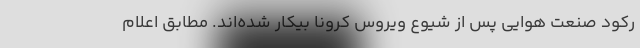
رکود صنعت هوایی پس از شیوع ویروس کرونا بیکار شده‌اند. مطابق اعلام